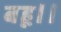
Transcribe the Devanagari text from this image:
बहू।।